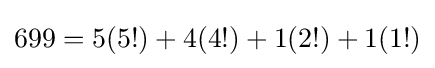
699=5(5!)+4(4!)+1(2!)+1(1!)